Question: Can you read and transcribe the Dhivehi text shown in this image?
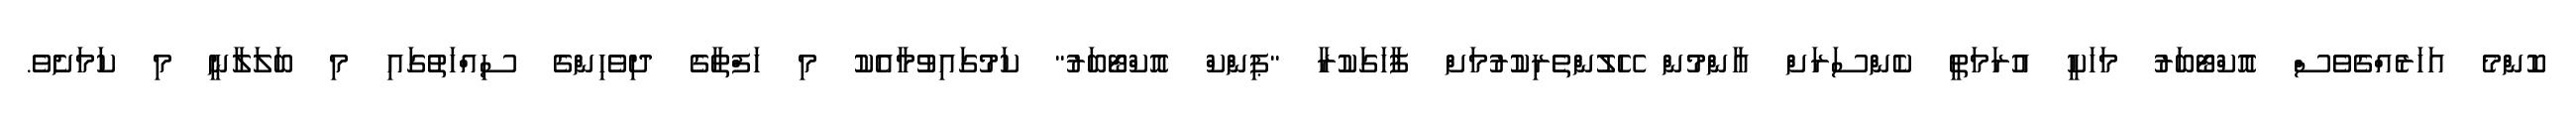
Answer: ކޮންމެ އަހަރެއްގެވެސް އޮކްޓޯބަރު މަހަކީ އުރަމަތީ ކެންސަރަށް އާންމުން ހޭލުންތެރިކުރުމަށް ފާހަގަކުރާ "ޕިންކް އޮކްޓޯބަރު" ކަމުގައިވުމާއެކު މި ހަފްތާގެ ދިވެހިންގެ ސިއްހަތުގައި މި ބަލަލާނީ މި ކަމަށެވެ.